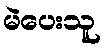
မဲပေးသူ